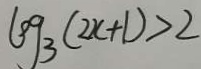
\log _ { 3 } ( 2 x + 1 ) > 2